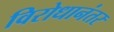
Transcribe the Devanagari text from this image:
विरोधानंतर